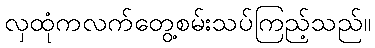
လှထုံကလက်တွေ့စမ်းသပ်ကြည့်သည်။